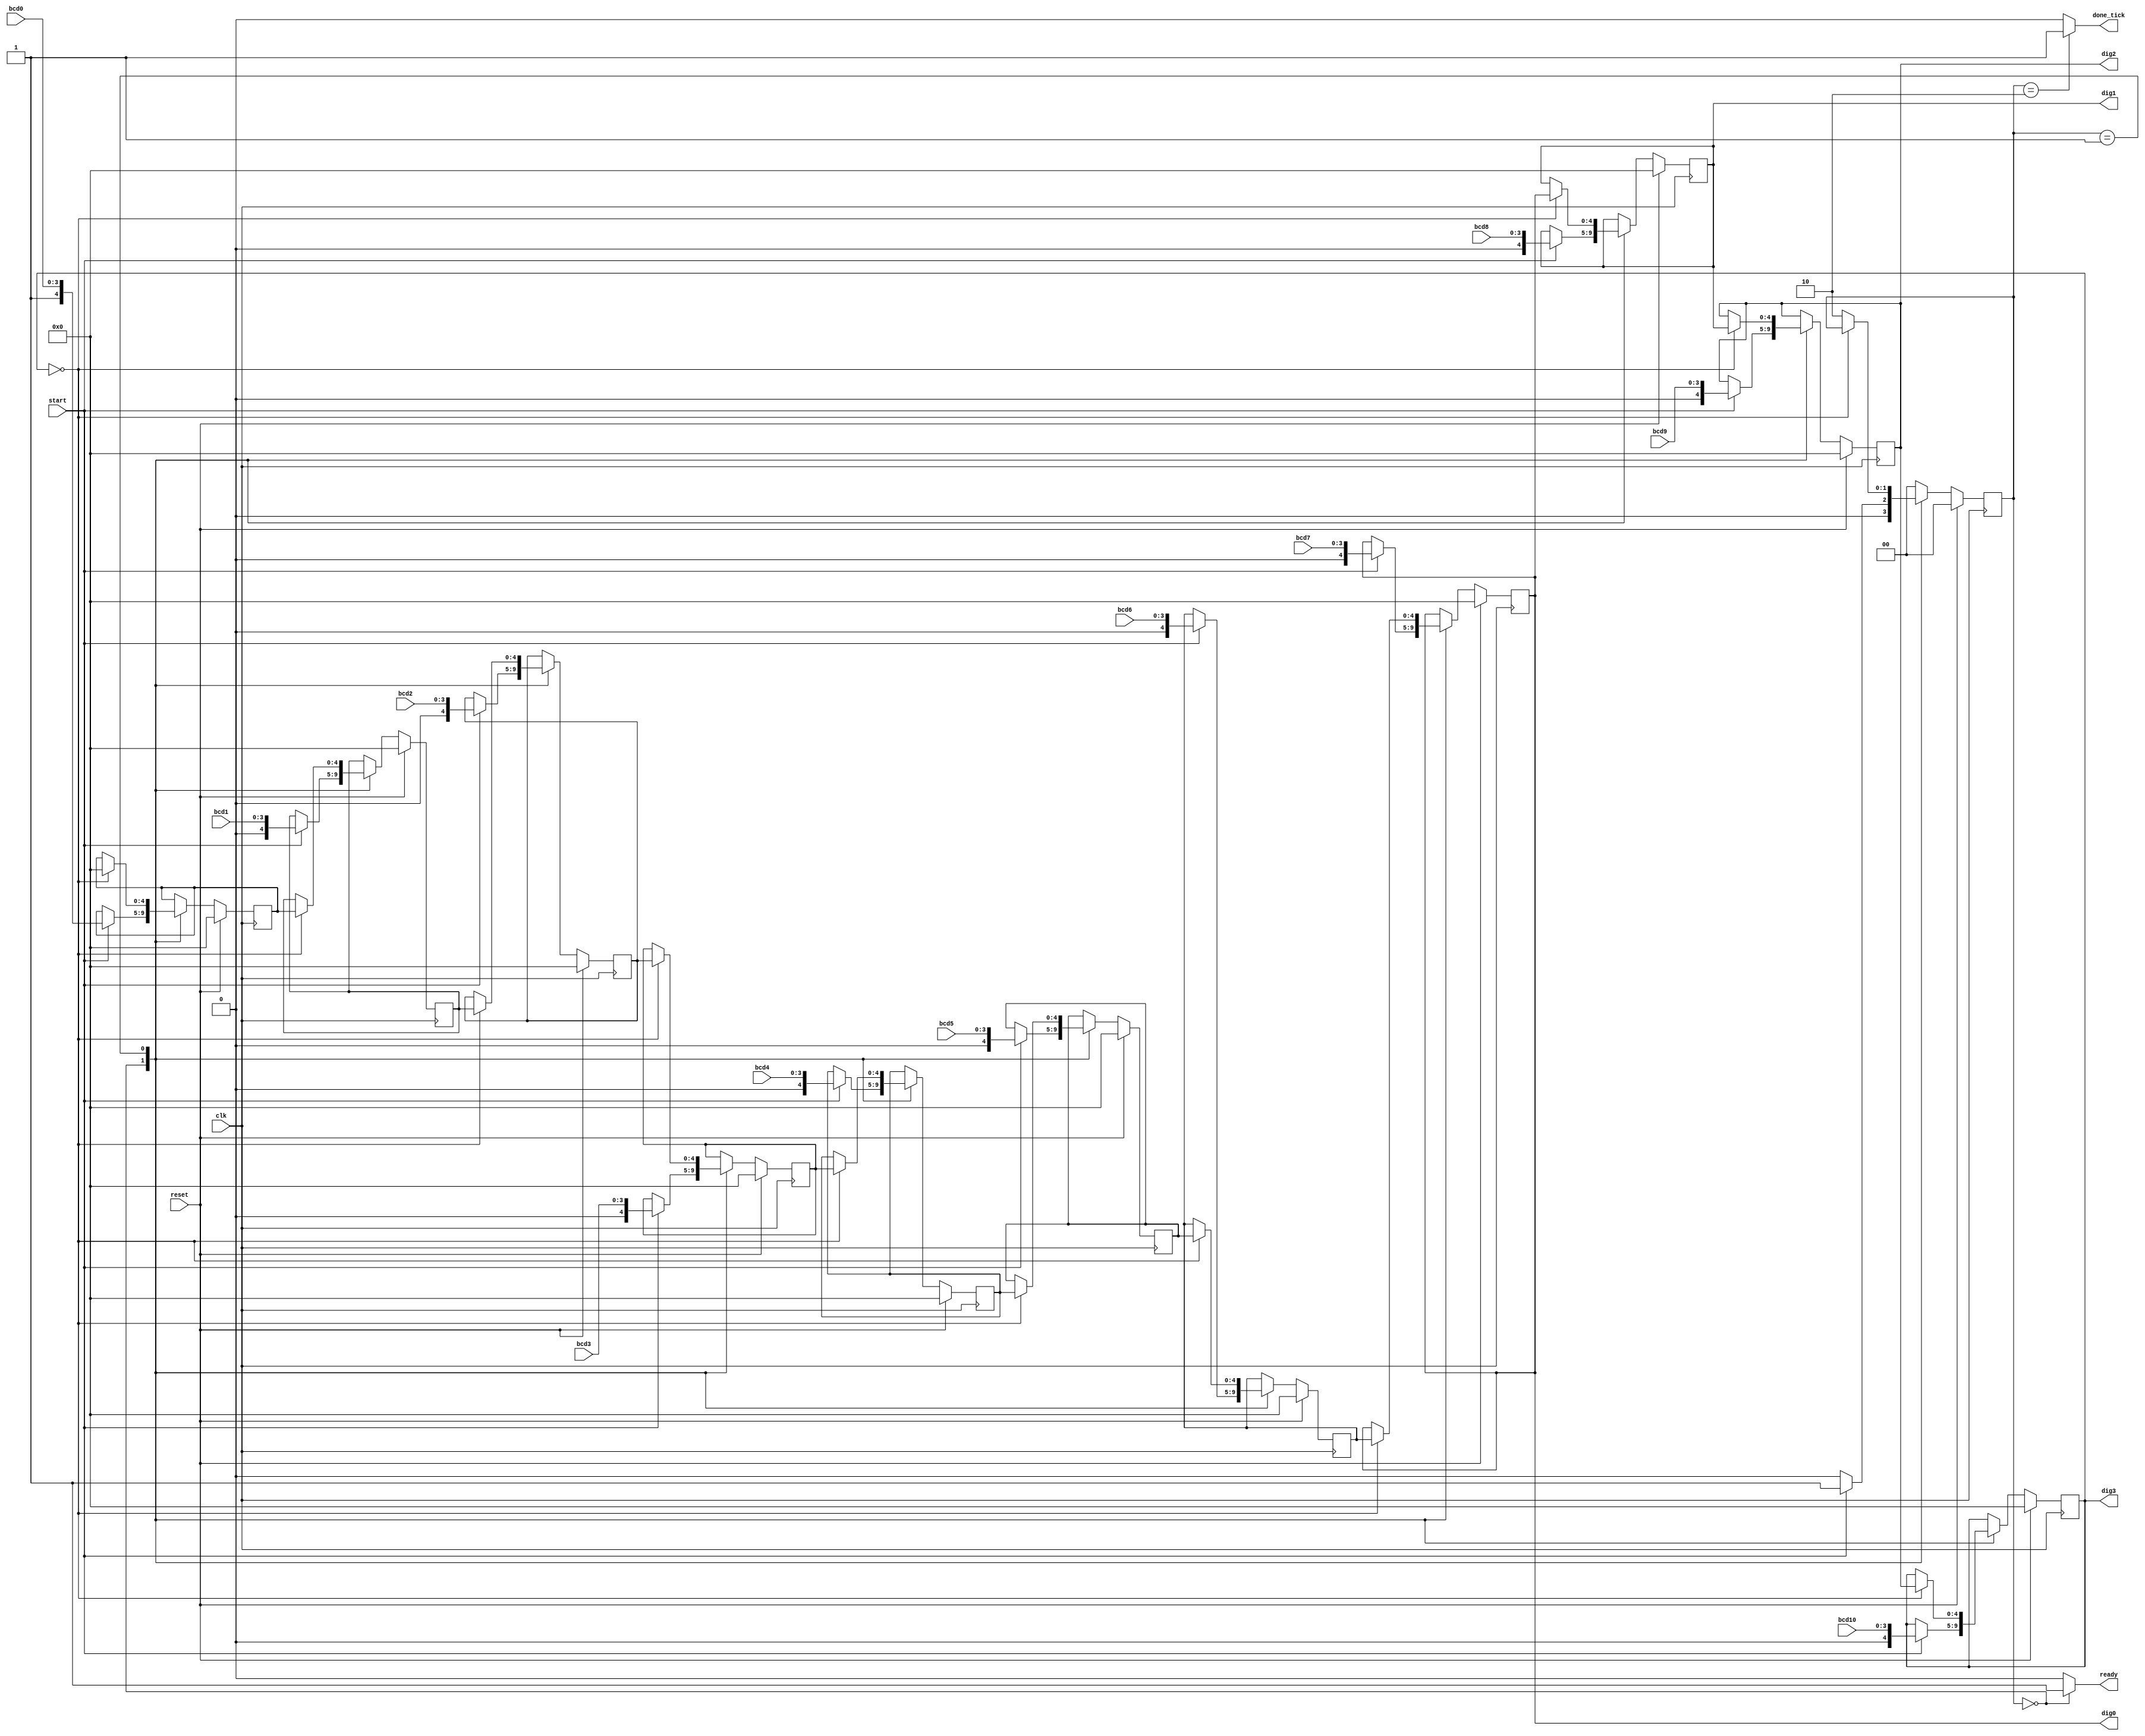
module adjust(
    input wire clk, reset,
    input wire start,
    input wire [3:0] bcd10, bcd9, bcd8, bcd7, bcd6, bcd5, bcd4, bcd3, bcd2, bcd1, bcd0,
    output wire [4:0] dig3, dig2, dig1, dig0,
    output reg done_tick, ready
    );
    
//signal declaration
reg [1:0] state_reg, state_next;
reg [4:0] bcd10_reg, bcd9_reg, bcd8_reg, bcd7_reg, bcd6_reg, bcd5_reg, bcd4_reg, bcd3_reg, bcd2_reg, bcd1_reg, bcd0_reg;
reg [4:0] bcd10_next, bcd9_next, bcd8_next, bcd7_next, bcd6_next, bcd5_next, bcd4_next, bcd3_next, bcd2_next, bcd1_next, bcd0_next;

//state declaration
localparam [1:0] idle = 2'b00,
                 op = 2'b01,
                 done = 2'b10;
                 
//register body
always @(posedge clk)
  if (reset)
    begin
      state_reg <= 0;
      bcd0_reg <= 0;
      bcd1_reg <= 0;
      bcd2_reg <= 0;
      bcd3_reg <= 0;
      bcd4_reg <= 0;
      bcd5_reg <= 0;
      bcd6_reg <= 0;
      bcd7_reg <= 0;
      bcd8_reg <= 0;
      bcd9_reg <= 0;
      bcd10_reg <= 0;
    end
  else
    begin
      state_reg <= state_next;
      bcd0_reg <= bcd0_next;
      bcd1_reg <= bcd1_next;
      bcd2_reg <= bcd2_next;
      bcd3_reg <= bcd3_next;
      bcd4_reg <= bcd4_next;
      bcd5_reg <= bcd5_next;
      bcd6_reg <= bcd6_next;
      bcd7_reg <= bcd7_next;
      bcd8_reg <= bcd8_next;
      bcd9_reg <= bcd9_next;
      bcd10_reg <= bcd10_next;
    end
    
// FSM next-state logic
always @*
  begin
    state_next = state_reg;
    bcd0_next = bcd0_reg;
    bcd1_next = bcd1_reg;
    bcd2_next = bcd2_reg;
    bcd3_next = bcd3_reg;
    bcd4_next = bcd4_reg;
    bcd5_next = bcd5_reg;
    bcd6_next = bcd6_reg;
    bcd7_next = bcd7_reg;
    bcd8_next = bcd8_reg;
    bcd9_next = bcd9_reg;
    bcd10_next = bcd10_reg;
    done_tick = 1'b0;
    ready = 1'b0;
      case (state_reg) idle: begin ready = 1'b1;
                               if (start == 1'b1) begin
                               bcd0_next = {1'b1, bcd0};
                               bcd1_next = {1'b0, bcd1};
                               bcd2_next = {1'b0, bcd2};
                               bcd3_next = {1'b0, bcd3};
                               bcd4_next = {1'b0, bcd4};
                               bcd5_next = {1'b0, bcd5};
                               bcd6_next = {1'b0, bcd6};
                               bcd7_next = {1'b0, bcd7};
                               bcd8_next = {1'b0, bcd8};
                               bcd9_next = {1'b0, bcd9};
                               bcd10_next = {1'b0, bcd10};
                               state_next = op; end
                             else state_next = idle; end
                       op: if (bcd10_next == 0) begin
                             {bcd10_next, bcd9_next, bcd8_next, bcd7_next, bcd6_next, bcd5_next, bcd4_next, bcd3_next, bcd2_next, bcd1_next, bcd0_next} =
                             {bcd10_next, bcd9_next, bcd8_next, bcd7_next, bcd6_next, bcd5_next, bcd4_next, bcd3_next, bcd2_next, bcd1_next, bcd0_next} << 5;
                             end
                           else
                             state_next = done;
                      done: begin done_tick = 1'b1;
                            state_next = idle; end
                      default: state_next = idle;
        endcase
  end
     
//output
assign dig3 = bcd10_reg;
assign dig2 = bcd9_reg;
assign dig1 = bcd8_reg;
assign dig0 = bcd7_reg; 
    
    
endmodule